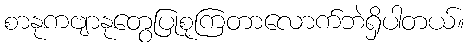
စာနုကဗျာနုတွေပြုစုကြတာလောက်ဘဲရှိပါတယ်။